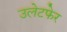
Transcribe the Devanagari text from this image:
उलेटफेर